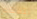
نتفهم